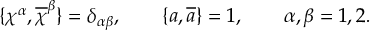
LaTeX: \{ \chi ^ { \alpha } , \overline { { { \chi } } } ^ { \beta } \} = \delta _ { \alpha \beta } , \qquad \{ a , \overline { { { a } } } \} = 1 , \qquad \alpha , \beta = 1 , 2 .